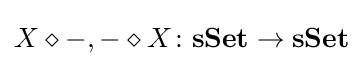
X\diamond -,-\diamond X\colon \mathbf {sSet} \rightarrow \mathbf {sSet}